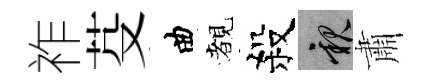
祚芟曲覩殺親肅